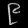
Digit: ၉